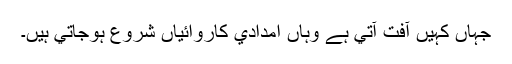
جہاں کہيں آفت آتي ہے وہاں امدادي کاروائياں شروع ہوجاتي ہيں۔